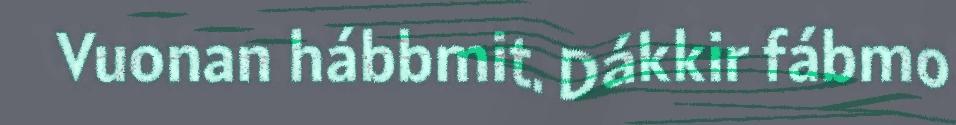
Vuonan hábbmit. Dákkir fábmo